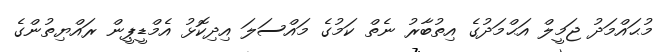
މުޙައްމަދު ޖަމީލް އަޙްމަދުގެ އިތުބާރު ނެތް ކަމުގެ މައްސަލަ އިދިކޮޅު އެމްޑީޕީން ރައްޔިތުންގެ